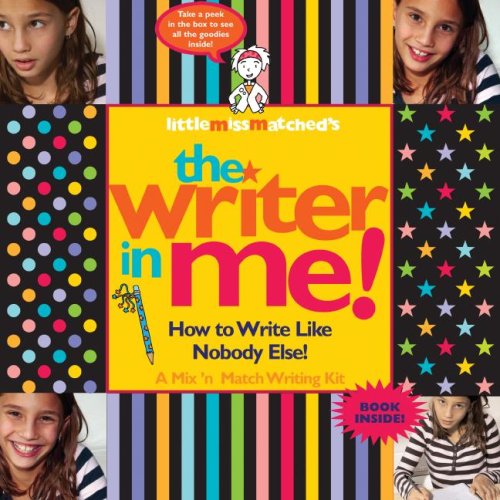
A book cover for LittleMissMatched's The Writer in Me!; Little MissMatched; Teen & Young Adult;